Leaving Certificate Examination, 1925
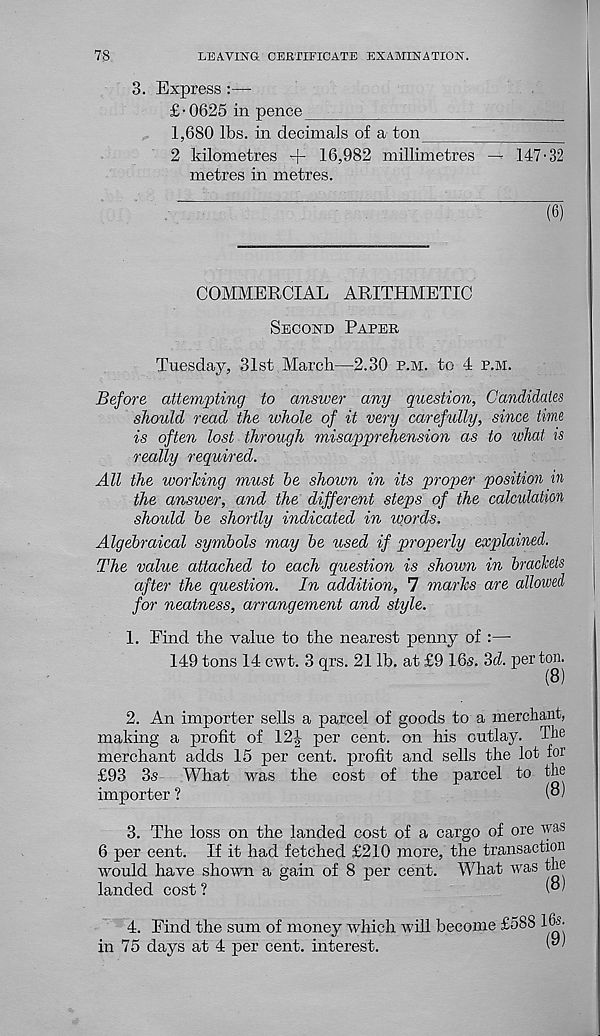
78
LEAVING CERTIFICATE EXAMINATION.
3. Express:—
£•0625 in pence
1,680 lbs. in decimals of a ton
2 kilometres -[- 16,982 millimetres — 147 • 32
metres in metres.
(6)
COMMERCIAL ARITHMETIC
Second Paper
Tuesday, 31st March—2.30 p.m. to 4 p.m.
Before attempting to answer any question, Candidates
should read the whole of it very carefully, since time
is often lost through misapprehension as to what is
really required.
All the working must he shown in its proper position in
the answer, and the different steps of the calculation
should he shortly indicated in words.
Algebraical symbols may he used if properly explained.
The value attached to each question is shown in brackets
after the question. In addition, 7 marks are allowed
for neatness, arrangement and style.
1. Eind the value to the nearest penny of :—•
149 tons 14 cwt. 3 qrs. 21 lb. at £9 16s. 3d. per ton.
(8)
2. An importer sells a parcel of goods to a merchant,
making a profit of 12J per cent, on his outlay. The
merchant adds 15 per cent, profit and sells the lot for
£93 3s
What was the cost of the parcel to the
importer ?
(8)
3. The loss on the landed cost of a cargo of ore was
6 per cent. If it had fetched £210 more, the transaction
would have shown a gain of 8 per cent. What was the
landed cost ?
4. Find the sum of money which will become £588 hA
in 75 days at 4 per cent, interest.
W